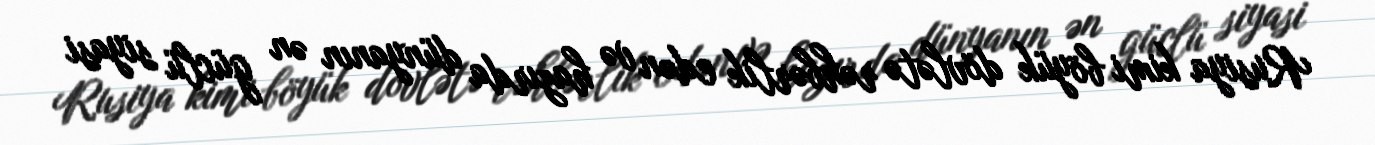
Rusiya kimi böyük dövlətə rəhbərlik edən və hazırda dünyanın ən güclü siyasi